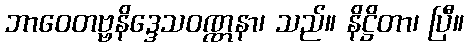
ဘာဝေတဗ္ဗနိဒ္ဒေသဝဏ္ဏနာ၊ သည်။ နိဋ္ဌိတာ၊ ပြီ။